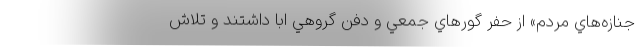
جنازه‌هاي مردم» از حفر گورهاي جمعي و دفن گروهي ابا داشتند و تلاش